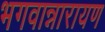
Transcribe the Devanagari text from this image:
भगवान्नारायण